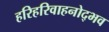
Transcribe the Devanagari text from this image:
हरिहरिवाहनोद्भव